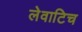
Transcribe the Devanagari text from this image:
लेवाटिच